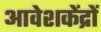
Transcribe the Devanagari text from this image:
आवेशकेंद्रों